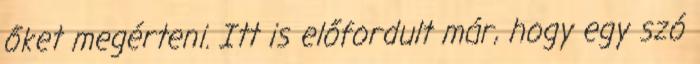
őket megérteni. Itt is előfordult már, hogy egy szó